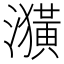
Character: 𤂲